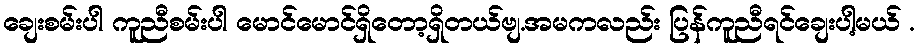
ချေးစမ်းပါ ကူညီစမ်းပါ မောင်မောင်ရှိတော့ရှိတယ်ဗျ.အမကလည်း ပြန်ကူညီရင်ချေးပါ့မယ် .